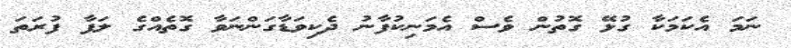
ނަމަ އެކަމަކާ ގުޅޭ ގޮތުން ވެސް އެމަނިކުފާނު ދެކިވަޑާގަންނަވާ ގޮތެއްގެ ލަފާ ފުރަތަ